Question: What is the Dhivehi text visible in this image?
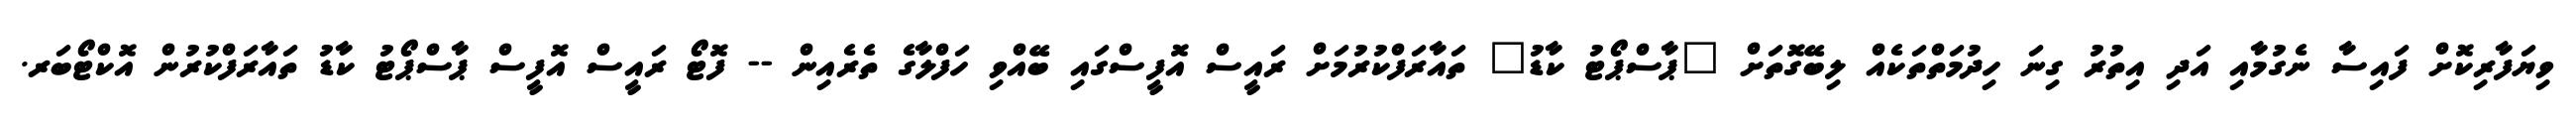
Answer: ވިޔަފާރިކޮށް ފައިސާ ނެގުމާއި އަދި އިތުރު ގިނަ ހިދުމަތްތަކެއް ލިބޭގޮތަށް "ޕާސްޕޯޓު ކާޑު" ތައާރަފްކުރުމަށް ރައީސް އޮފީސްގައި ބޭއްވި ހަފްލާގެ ތެރެއިން -- ފޮޓޯ ރައީސް އޮފީސް ޕާސްޕޯޓު ކާޑު ތައާރަފްކުރުން އޮކްޓޯބަރ.